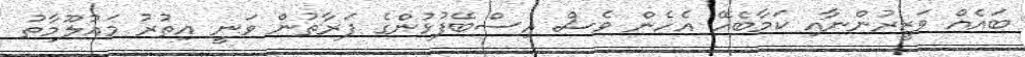
ބައެއް ވަޒީރުންނާއި ކަމާބެހޭ އެހެން ވެސް އިސްބޭފުޅުންގެ ފަރާތުން ވަނީ އިތުރު މައުލޫމާތު